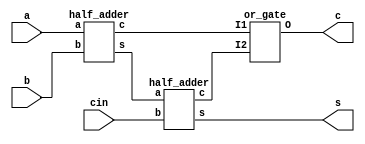
module full_adder(s,c,a,b,cin);
output s,c;
input a,b,cin;
wire s1,c1,c2;
half_adder HA1(s1,c1,a,b);
half_adder HA2(s,c2,s1,cin);
or_gate or1(c1,c2,c);

endmodule
module half_adder(s,c,a,b);
output s,c;
input a,b;
xor_gate xor1(a,b,s);
and_gate and1(a,b,c);

endmodule
module xor_gate(I1,I2,O);
	input I1,I2;
	output O;
        wire W1,W2;
	or_gate or1(
          .I1 (I1),
	  .I2 (I2),
	  .O (W1)
	  );
        nand(W2,I1,I2);
        and_gate and1(
          .I1 (W1),
	  .I2 (W2),
	  .O (O)
	  );
        
endmodule
module and_gate(I1,I2,O);
	input I1,I2;
	output O;
        wire W;
	nand(W,I1,I2);
        nand(O,W,W);
endmodule

module or_gate(I1,I2,O);
	input I1,I2;
	output O;
        wire W1,W2;
	nand(W1,I1,I1);
        nand(W2,I2,I2);
        nand(W2,I2,I2);
	nand(O,W1,W2);
endmodule